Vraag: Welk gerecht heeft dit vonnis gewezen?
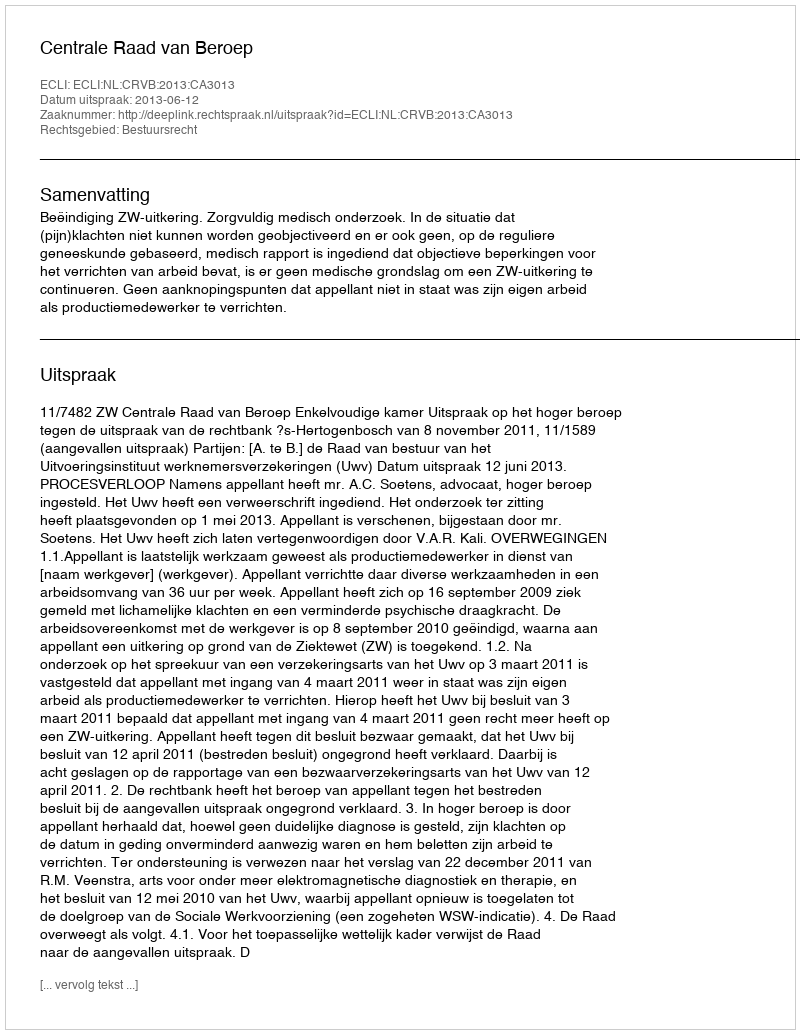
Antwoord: Centrale Raad van Beroep